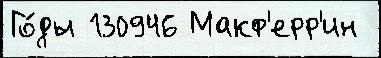
Го́ды 130946 Макф'ерр'ин